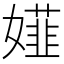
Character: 𡢪